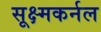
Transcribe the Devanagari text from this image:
सूक्ष्मकर्नल